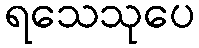
ရသေသုပေ